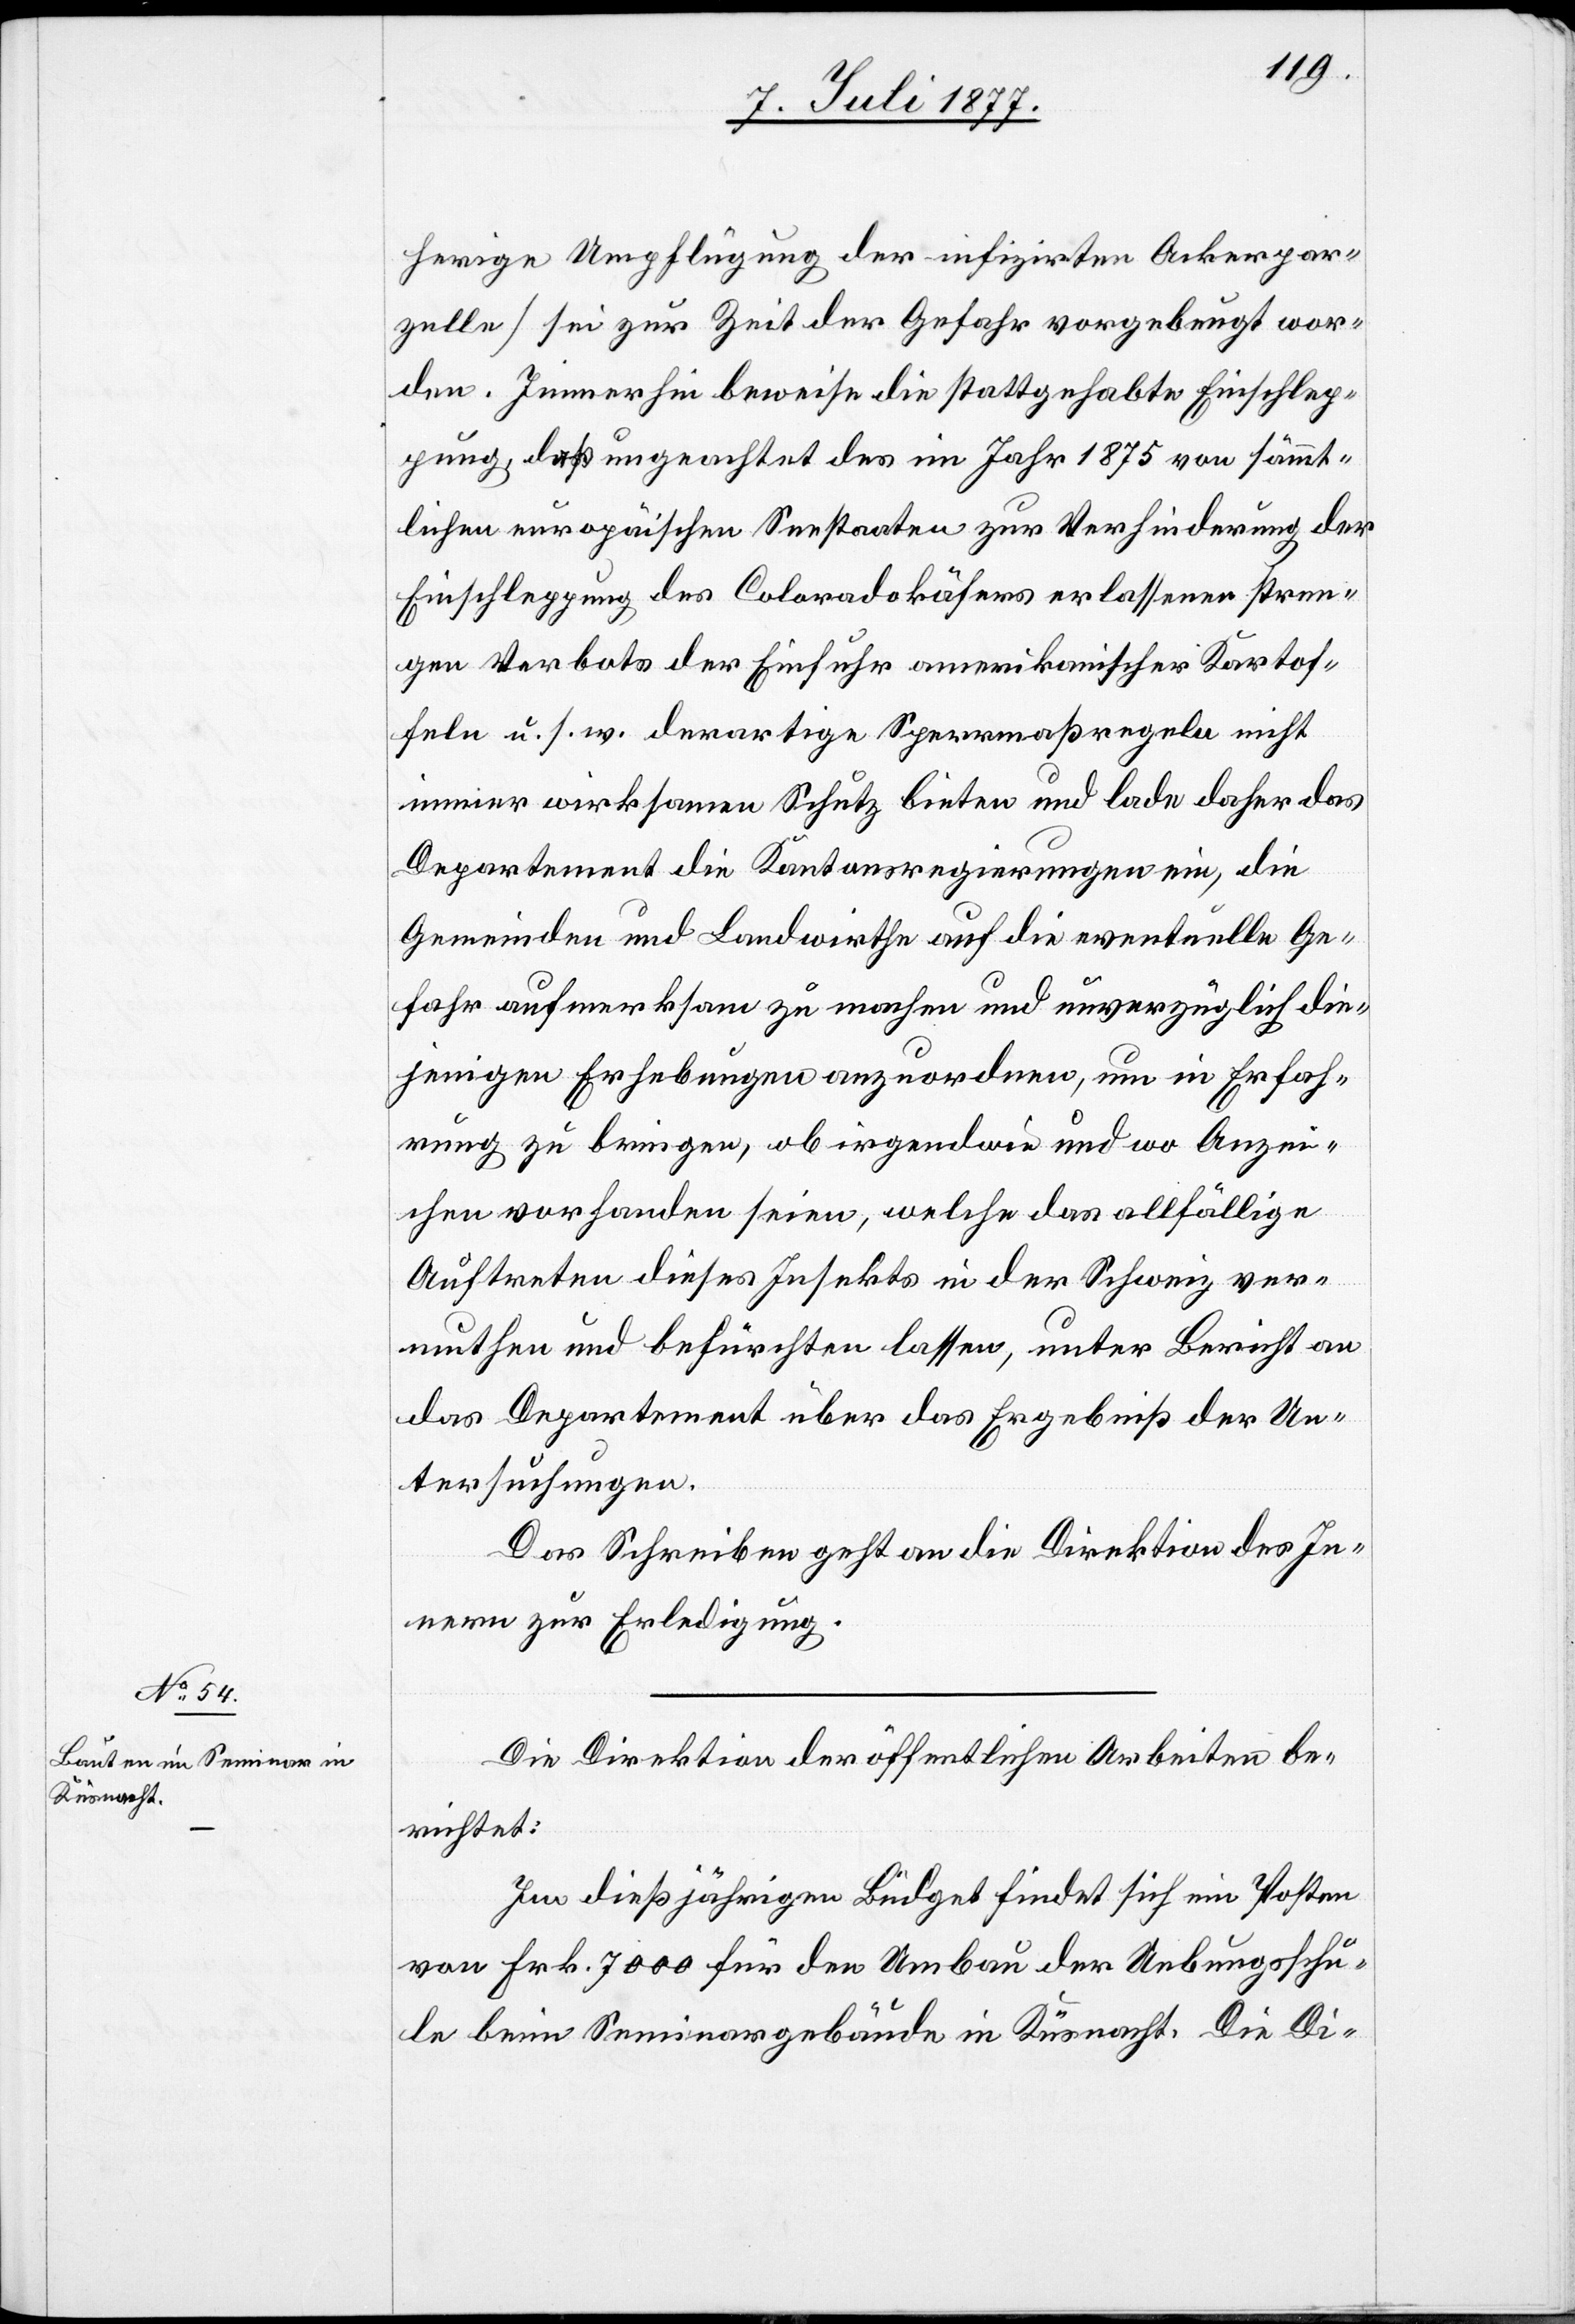
9. Juli 1877.]
herige Umpflügung der infizirten Ackerpar¬
zelle] sei zur Zeit der Gefahr vorgebeugt wor¬
den. Immerhin beweise die stattgehabte Einschlep¬
pung, daß ungeachtet des im Jahr 1875 von sämmt¬
lichen europäischen Seestaaten zur Verhinderung der
Einschleppung des Coloradokäfers erlassenen stren¬
gen Verbots der Einfuhr amerikanischer Kartof¬
feln u. s. w. derartige Sperrmaßregeln nicht
immer wirksamen Schutz bieten und lade daher das
Departement die Kantonsregierungen ein, die
Gemeinden und Landwirthe auf die eventuelle Ge¬
fahr aufmerksam zu machen und unverzüglich die¬
jenigen Erhebungen anzuordnen, um in Erfah¬
rung zu bringen, ob irgendwie und wo Anzei¬
chen vorhanden seien, welche das allfällige
Auftreten dieses Insekts in der Schweiz ver¬
muthen und befürchten lassen, unter Bericht an
das Departement über das Ergebniß der Un¬
tersuchungen.
Das Schreiben geht an die Direktion des In¬
nern zur Erledigung.
Die Direktion der öffentlichen Arbeiten be¬
richtet:
Im dießjährigen Büdget findet sich ein Posten
von Frk. 7000 für den Umbau der Uebungsschu¬
le beim Seminargebäude in Küsnacht. Die Di-